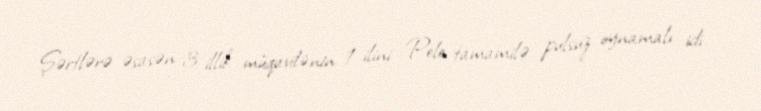
Şərtlərə əsasən 3 illik müqavilənin 1 ilini Pele tamamilə pulsuz oynamalı idi.